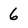
Character: 6